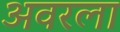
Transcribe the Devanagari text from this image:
अवरला